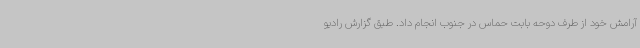
آرامش خود از طرف دوحه بابت حماس در جنوب انجام داد. طبق گزارش رادیو